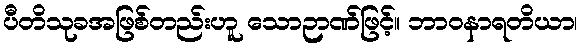
ပီတိသုခအဖြစ်တည်းဟူ သောဉာဏ်ဖြင့်။ ဘာဝနာရတိယာ၊